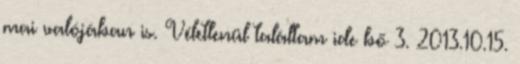
mai valójában is. Véletlenül találtam ide bő 3. 2013.10.15.